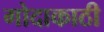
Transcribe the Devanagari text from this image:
गोदाकाठी